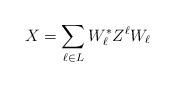
LaTeX: \begin{align*} X= \sum_{\ell\in L} W_\ell^* Z^\ell W_\ell\end{align*}